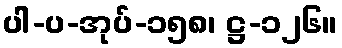
ပါ-ပ-အုပ်-၁၅၈၊ ဋ္ဌ-၁၂၆။